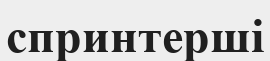
спринтерші